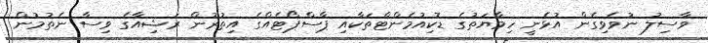
ވާސިލު ނުވެވިގެން އުޅެނީ ހިމާޔަތުގެ ޑޮކިއުމެންޓްތަކާއި ޕާސްޕޯޓެއްގެ އިތުރުން ރަޝިއާގެ ވިސާ ނެތުމުން